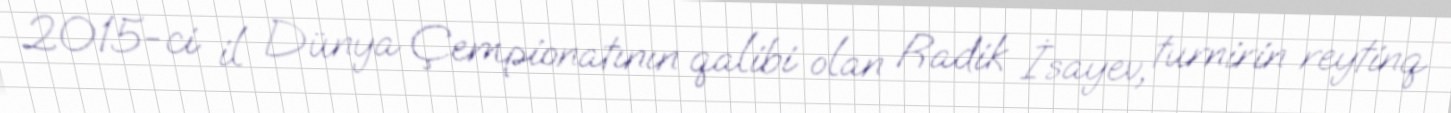
2015-ci il Dünya Çempionatının qalibi olan Radik İsayev, turnirin reytinq